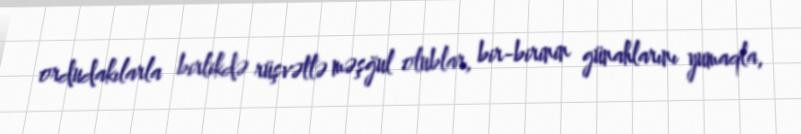
ordudakılarla birlikdə rüşvətlə məşğul olublar, bir-birinin günahlarını yumaqla,